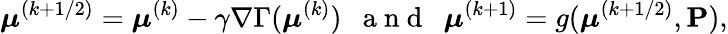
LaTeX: \boldsymbol{\mu}^{(k+1/2)}=\boldsymbol{\mu}^{(k)}-\gamma\nabla\Gamma(\boldsymbol{\mu}^{(k)})~~\mathrm{~a~n~d~}~~\boldsymbol{\mu}^{(k+1)}=g(\boldsymbol{\mu}^{(k+1/2)},\mathbf{P}),